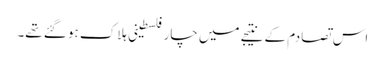
اس تصادم کے نتیجے میں چار فلسطینی ہلاک ہو گئے تھے۔